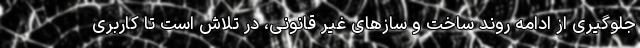
جلوگیری از ادامه روند ساخت و سازهای غیر قانونی، در تلاش است تا کاربری